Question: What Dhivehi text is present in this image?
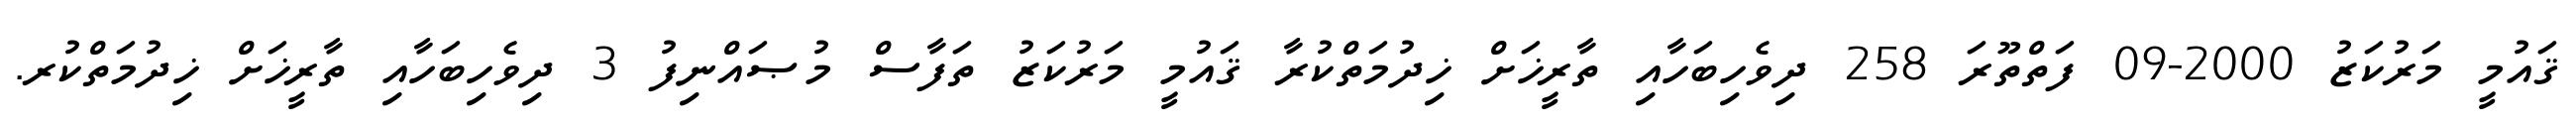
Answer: ޤައުމީ މަރުކަޒު 2000-09 ފަތްތޫރަ 258 ދިވެހިބަހާއި ތާރީޚަށް ޚިދުމަތްކުރާ ޤައުމީ މަރުކަޒު ތަފާސް މުޞައްނިފު 3 ދިވެހިބަހާއި ތާރީޚަށް ޚިދުމަތްކުރ.